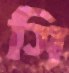
সি